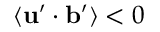
\langle { { \bf { u } } ^ { \prime } \cdot { \bf { b } } ^ { \prime } } \rangle < 0